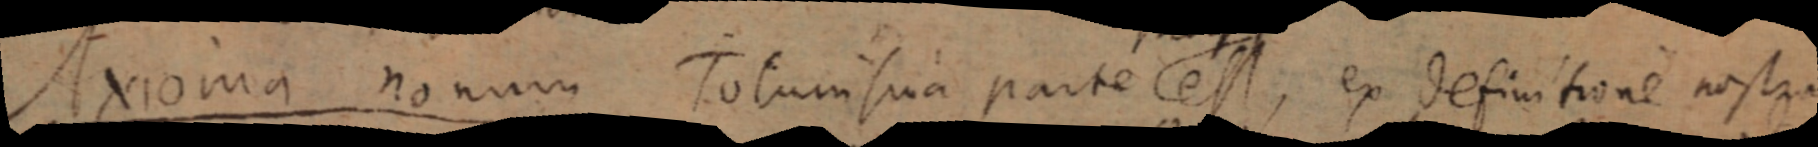
Axioma nonum Totum sua parte est, ex definitione nostra